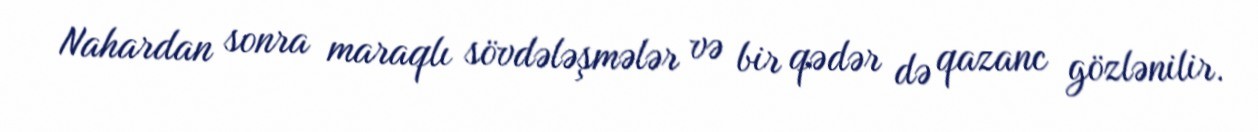
Nahardan sonra maraqlı sövdələşmələr və bir qədər də qazanc gözlənilir.